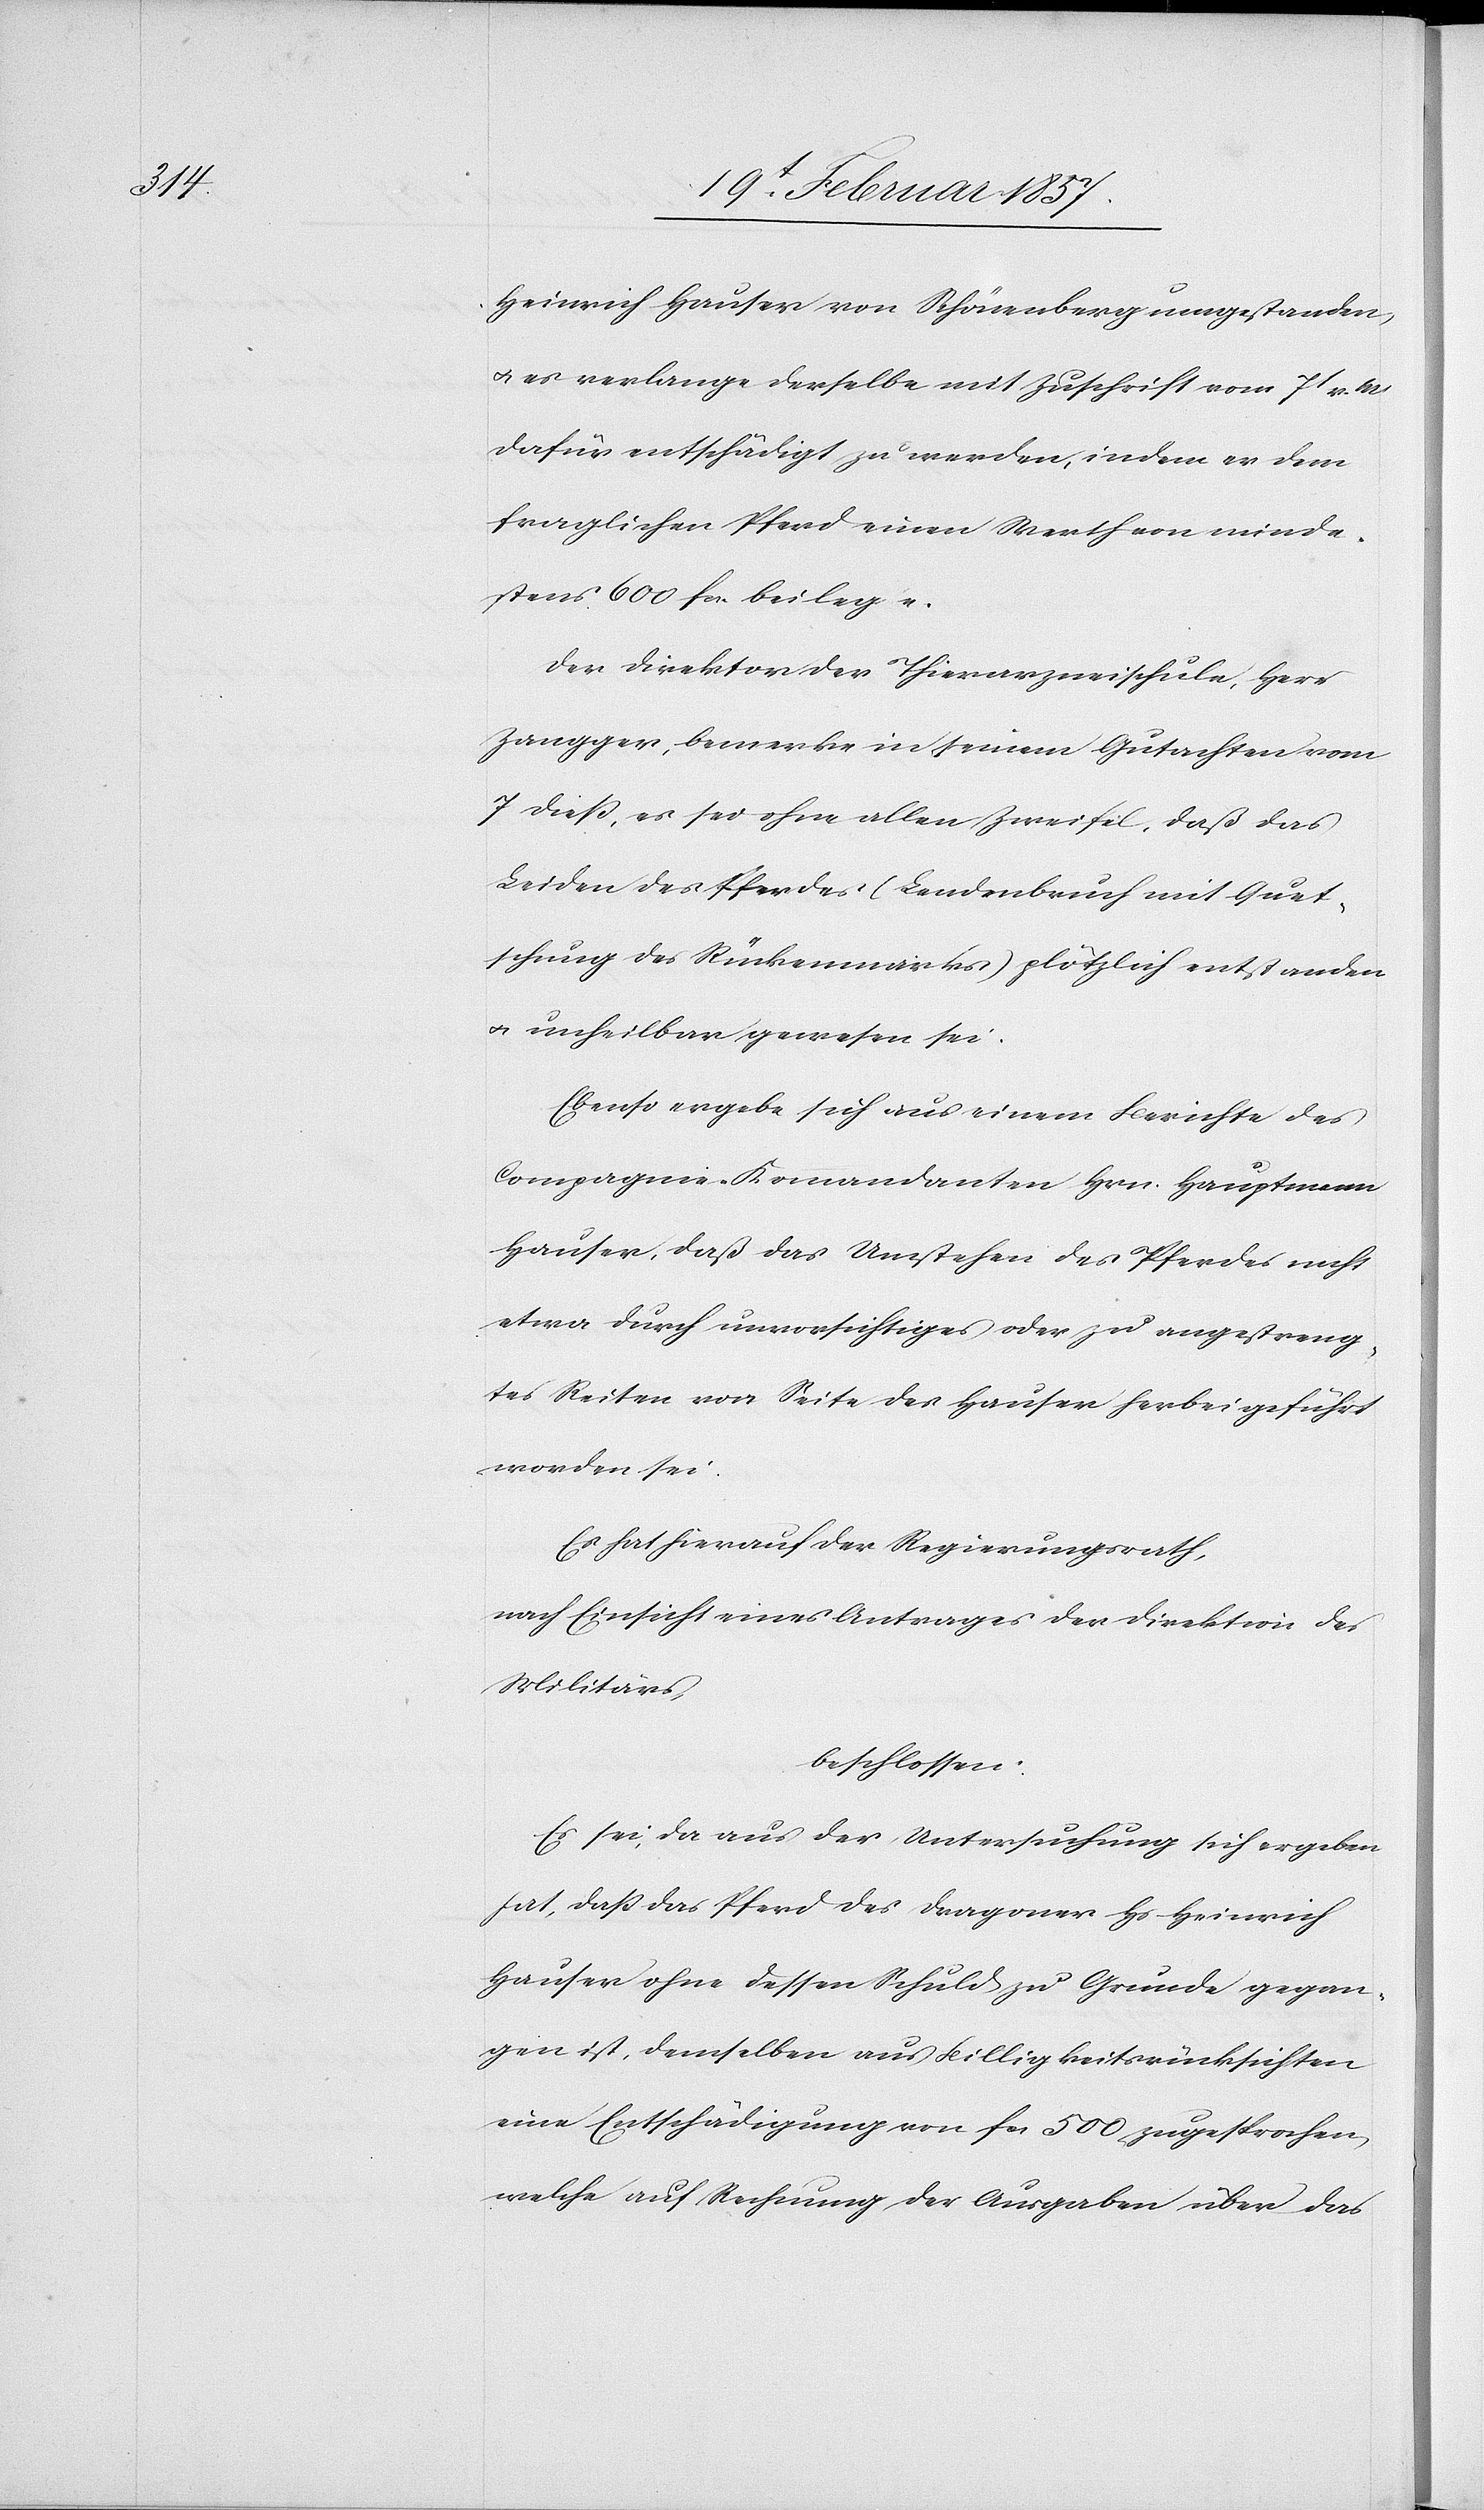
Heinrich Hauser von Schönenberg umgestanden
u. es verlange derselbe mit Zuschrift vom 7t v. M
dafür entschädigt zu werden, indem er dem
fraglichen Pferd einen Werth von minde¬
stens 600 fr. beilege.
Der Direktor der Thierarzneischule, Herr
Zangger, bemerke in seinem Gutachten vom
7 dieß, es sei ohne allen Zweifel, daß das
Leiden des Pferds (Lendenbruch mit Quet¬
schung des Rückenmarkes) plötzlich entstanden
u. unheilbar gewesen sei.
Ebenso ergebe sich aus einem Berichte des
Compagnie-Komandanten Hrn. Hauptmann
Hauser, daß das Umstehen des Pferdes nicht
etwa durch unvorsichtiges oder zu angestreng¬
tes Reiten von Seite des Hauser herbei geführt
worden sei.
Es hat hierauf der Regierungsrath,
nach Einsicht eines Antrages der Direktion des
Militärs
beschlossen:
Es sei, da aus der Untersuchung sich ergeben
hat, daß das Pferd des Dragoner Hs Heinrich
Hauser ohne dessen Schuld zu Grunde gegan¬
gen ist, demselben aus Billigkeitsrücksichten
eine Entschädigung von fr. 500 zugesprochen,
welche auf Rechnung der Ausgaben über das